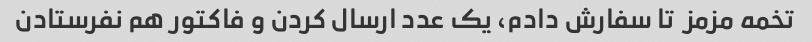
تخمه مزمز  تا سفارش دادم، یک عدد ارسال کردن و فاکتور هم نفرستادن